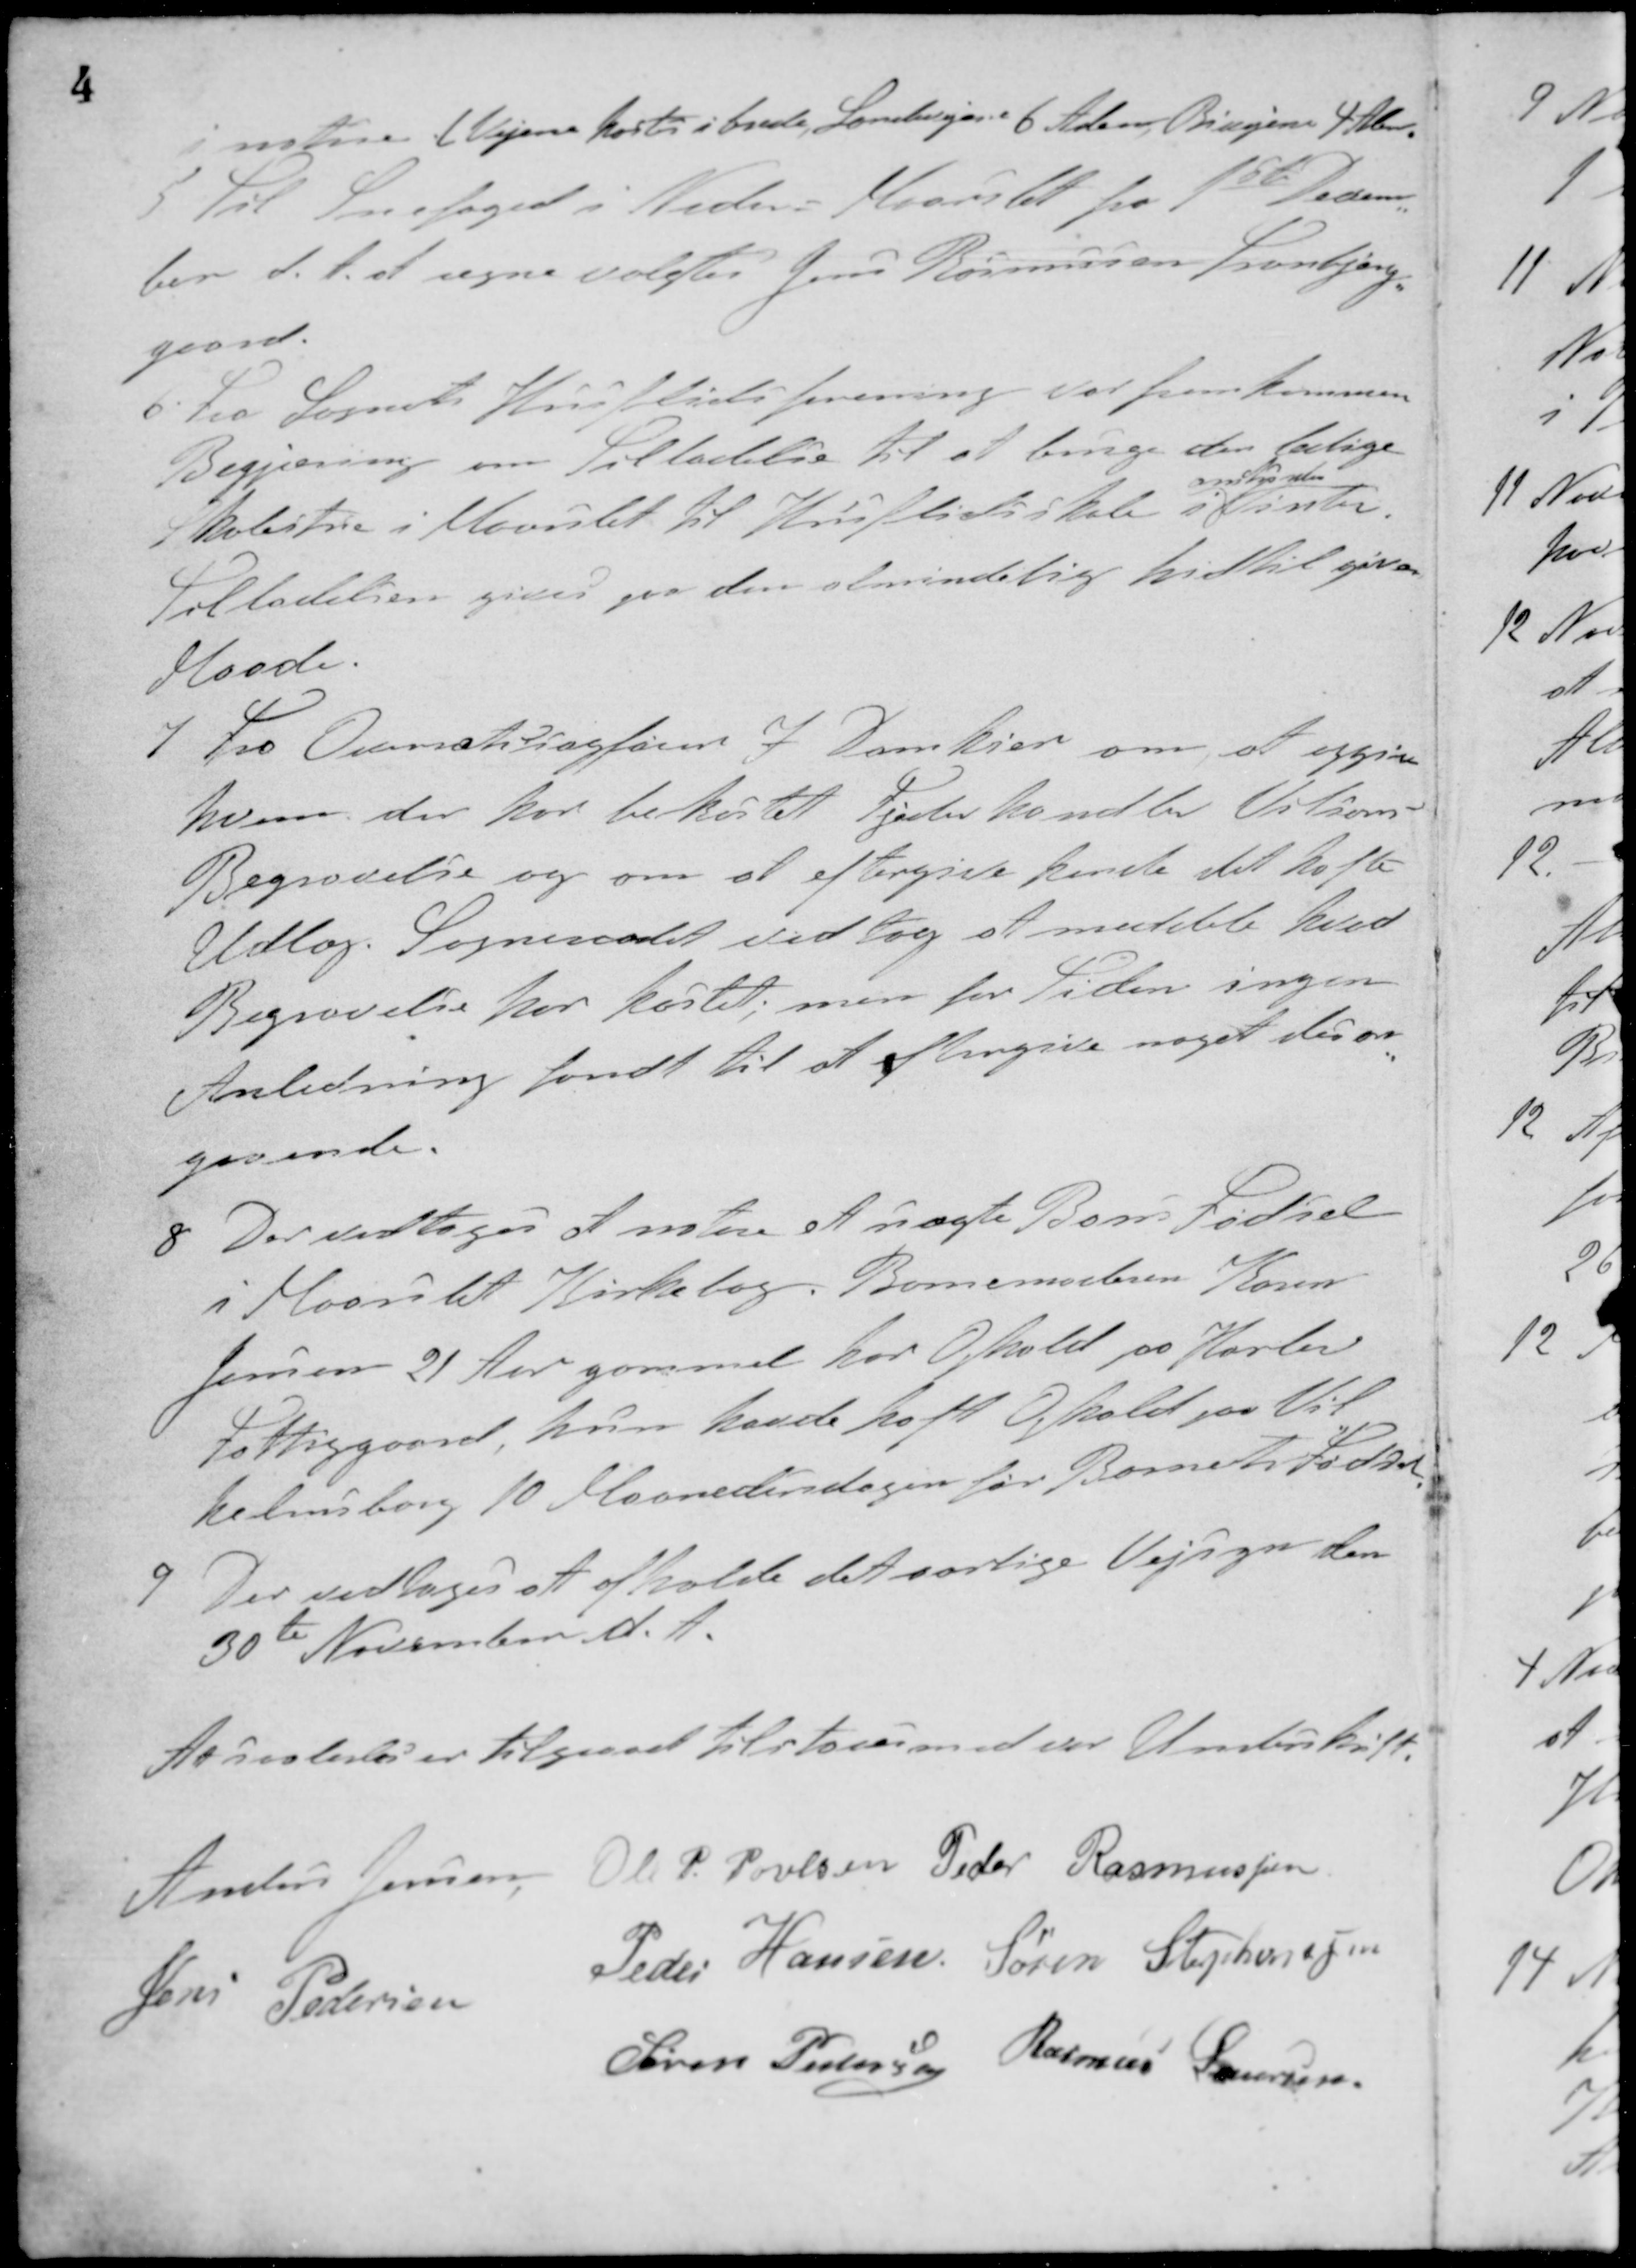
Transskription:
i nene i Vejene kastes i brede, Landevejene 6 Alen Bivejene 4 Alen
5 Til Snefoged i Nedre Maarslet fra 1ste Decem-
ber d. A. at regne valgtes Jens Rasmussen Tranbjerg
gaard.
6. Fra Sognets Husflidsforening var fremkommen
Begjæring om Tilladelse til at bruge den ledige
Skolestue i Maarslet til Husflidsskole i
omølgende
Vinter.
Tilladelsen gives paa den almindelig hidtil givne
Maade.
7. Fra Overretssagfører J. Damkier om at opgive
hvem der har bekostet Fjenderhandler Viliams
Begravelse og om at eftergive hende det holte
Udlæg. Sogneraadet vedtog at meddele hvad
Begravelse har kostet; men for Tiden ingen
Anledning fandt til at eftergive noget desan-
gaaende.
8. Der vedtoges at notere et uægte Barns Fødsel
i Maarslet Kirkebog. Barnemoderen Karen
Jensen 21 Aar gammel har Ophold paa Haslev
Fattiggaard, hun havde haft Ophold paa Vil-
helmsborg 10 Maanedersdagen for Barnets Fødsel.
9. Der vedtoges at afholde det særlige Vejsyn den
30te November d. A.
At saaledes er tilgaaet tilstaaes med vor Underskrift.
Anders Jensen Ole P. Povlsen Peder Rasmussen
Jens Pedersen
Peder Hansen Søren Stephansen
Søren Pedersen Rasmus Laursen